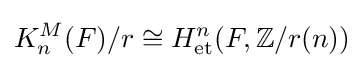
K_{n}^{M}(F)/r\cong H_{\mathrm {et} }^{n}(F,\mathbb {Z} /r(n))